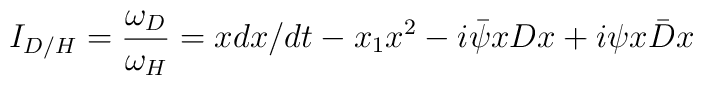
I_{D/H}=  \frac{\omega _{D}}{\omega _{H}}=xdx/dt-x_1x^2-i\bar{\psi}x Dx+i\psi x\bar{D}x